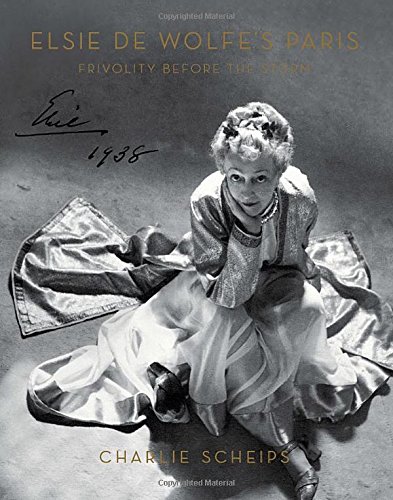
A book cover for Elsie de Wolfe's Paris; Charlie Scheips; History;